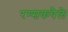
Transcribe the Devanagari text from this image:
रम्सकपैले